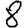
Digit: 8